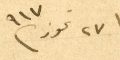
٢٧ تموز /٩١٧